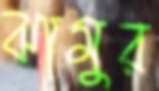
ঝামুর